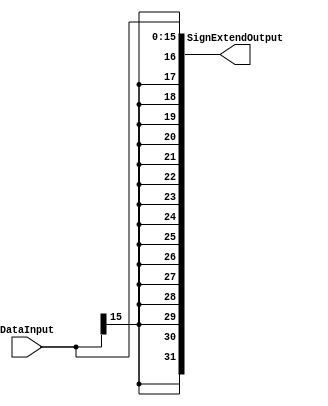
module SignExtend
(   
	input [15:0]  DataInput,
   output[31:0] SignExtendOutput
);

assign  SignExtendOutput = {{16{DataInput[15]}},DataInput[15:0]};

endmodule 
// signextend//